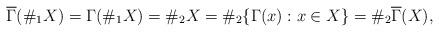
LaTeX: \begin{align*}\overline{\Gamma}(\#_{1}X)=\Gamma(\#_{1}X)=\#_{2} X = \#_{2} \{\Gamma(x): x\in X\} = \#_{2} \overline{\Gamma}(X),\end{align*}